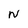
Character: N